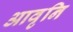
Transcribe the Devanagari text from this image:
आवृनि